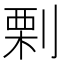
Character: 𠞉